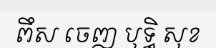
ពឹស ចេញ ឫទ្ធិ សុខ